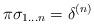
LaTeX: \begin{align*}\pi \sigma _{1\dots n} = \delta ^{(n)}\end{align*}